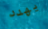
يهدد